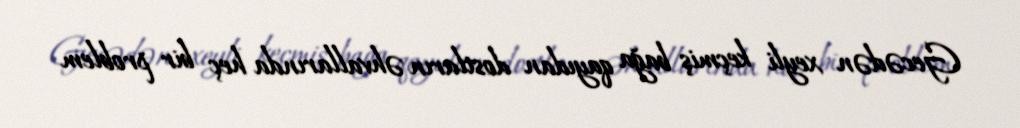
Gecədən xeyli keçmiş bağa qayıdan dostların əhvallarında heç bir problem